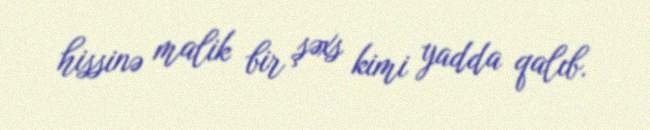
hissinə malik bir şəxs kimi yadda qalıb.